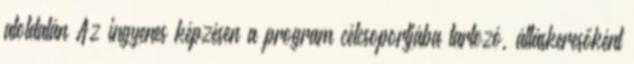
aloldalán Az ingyenes képzésen a program célcsoportjába tartozó, álláskeresőként